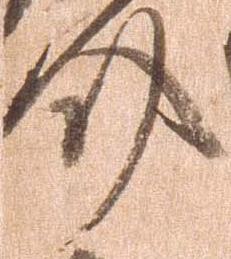
介